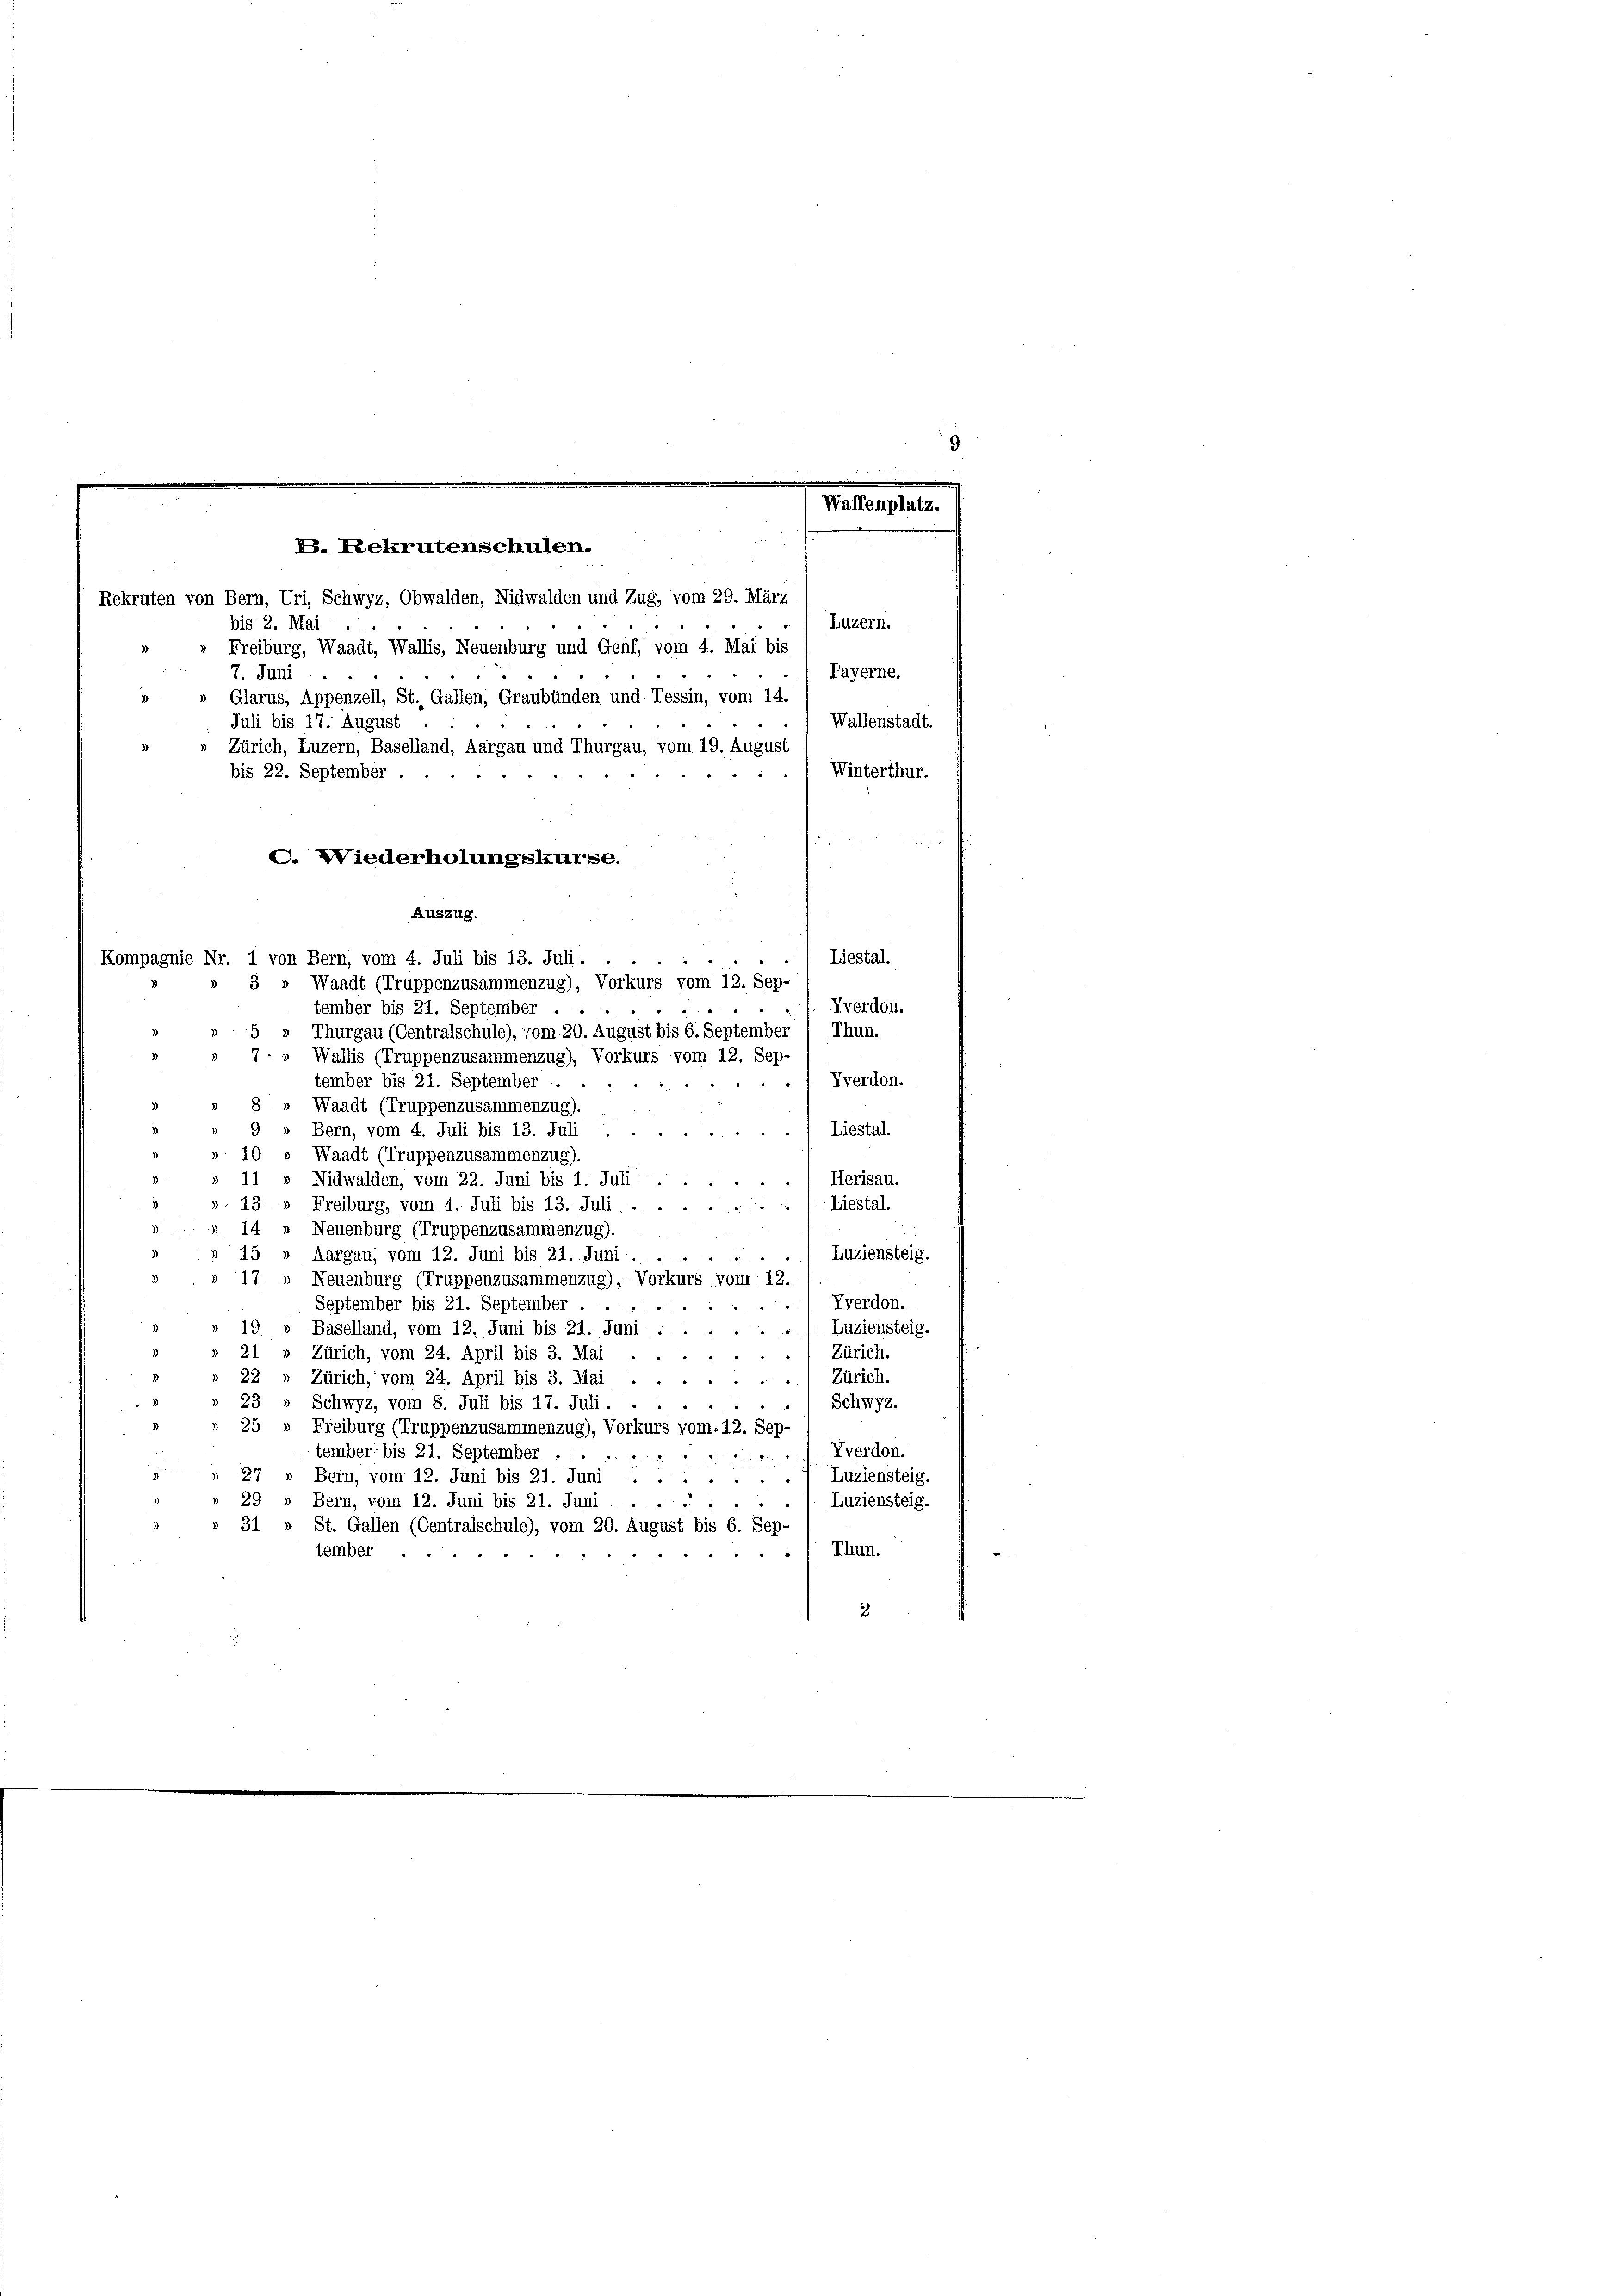
Wa
B. Lekrutenschulen.

Rekruten von Bern, Uri, Schwyz, Obwalden, Nidwalden und Zug, vom 29. März
Luzern.
bis 2. Mai
Freiburg, Waadt, Wallis, Neuenburg und Genf, vom 4. Mai bis
7. Juni
Payerne.
Glarus, Appenzell, St. Gallen, Graubünden und Tessin, vom 14.
Wallenstadt.
Juli bis 17. August
Zürich, Luzern, Baselland, Aargau und Thurgau, vom 19. August
Winterthur.
bis 22. September .
i
C. Wiederholungskurse.
Auszug.
2
Liestal.
3 » Waadt (Truppenzusammenzug), Vorkurs vom 12. Sep-
Vverdon.
tember bis 21. September .
5
Thurgau (Centralschule), vom 20. August bis 6. September (Thun.
7: » Wallis (Truppenzusammenzug), Vorkurs vom 12. Sep-
Kverdon.
tember bis 21. September  .
Waadt (Truppenzusammenzug)
Bern, vom 4. Juli bis 13. Juli.
Liestal.
Waadt (Truppenzusammenzug).
Herisau.
Nidwalden, vom 22. Juni bis 1. Juli . .
Freiburg, vom 4. Juli bis 13. Juli.
: 1. Liestal.
13.
14. „ Neuenburg (Truppenzusammenzug).
Luziensteig.
15 » Aargau, vom 12. Juni bis 21. Juni . .
17» Neuenburg (Truppenzusammenzug), Vorkurs vom 12.
Zverdon.
September bis 21. September . .

19
Luziensteig.
Baselland, vom 12. Juni bis 21. Juni
“
Zürich.
21
Zürich, vom 24. April bis 3. Mai
Zürich.
Zürich, vom 24. April bis 3. Mai
22.
23
Schwyz.
Schwyz, vom 8. Juli bis 17. Juli . . .
25 " Freiburg (Truppenzusammenzug), Vorkurs vom.12. Sep-
Vverdon.
tember bis 21. September
de
27
Luziensteig.
Bern, vom 12. Juni bis 21. Juni
29
Bern, vom 12. Juni bis 21. Juni
Luziensteig.
31 » St. Gallen (Centralschule), vom 20. August bis 6. Sep-
Thun.
tember.

.
2

Kompagnie Nr. 1 von Bern, vom 4. Juli bis 13. Juli.

2

9